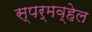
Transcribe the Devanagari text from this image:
स्पर्मव्हेल